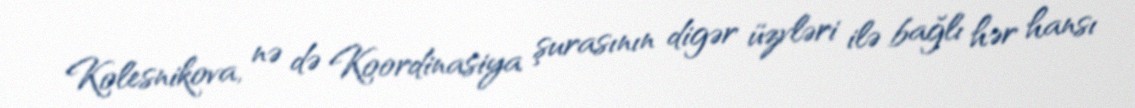
Kolesnikova, nə də Koordinasiya şurasının digər üzvləri ilə bağlı hər hansı